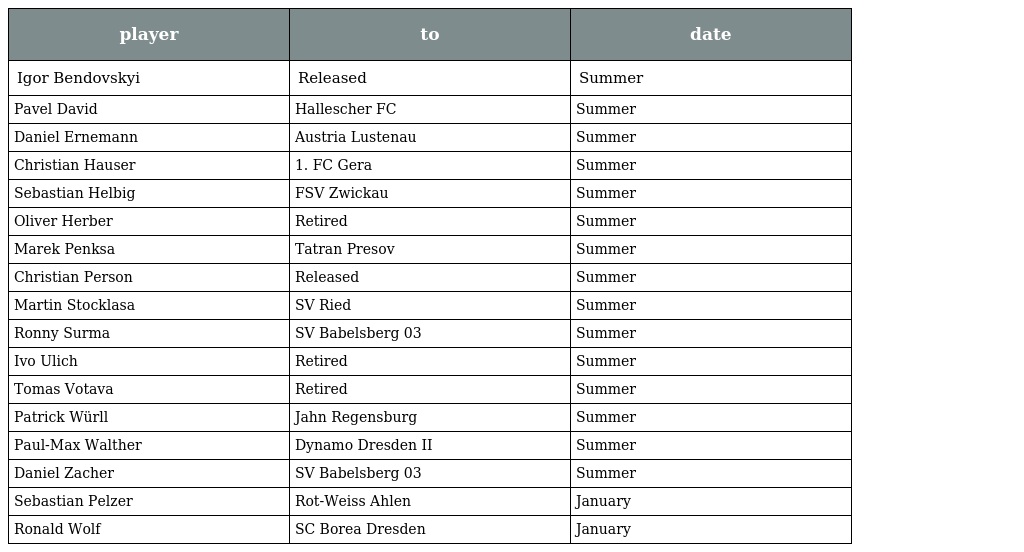
| player | to | date |
 | --- | --- | --- |
 | Igor Bendovskyi | Released | Summer |
 | Pavel David | Hallescher FC | Summer |
 | Daniel Ernemann | Austria Lustenau | Summer |
 | Christian Hauser | 1. FC Gera | Summer |
 | Sebastian Helbig | FSV Zwickau | Summer |
 | Oliver Herber | Retired | Summer |
 | Marek Penksa | Tatran Presov | Summer |
 | Christian Person | Released | Summer |
 | Martin Stocklasa | SV Ried | Summer |
 | Ronny Surma | SV Babelsberg 03 | Summer |
 | Ivo Ulich | Retired | Summer |
 | Tomas Votava | Retired | Summer |
 | Patrick Würll | Jahn Regensburg | Summer |
 | Paul-Max Walther | Dynamo Dresden II | Summer |
 | Daniel Zacher | SV Babelsberg 03 | Summer |
 | Sebastian Pelzer | Rot-Weiss Ahlen | January |
 | Ronald Wolf | SC Borea Dresden | January |